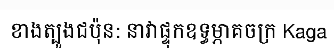
ខាងត្បូងជប៉ុន: នាវាផ្ទុកឧទ្ធម្ភាគចក្រ Kaga